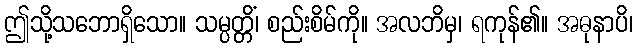
ဤသို့သဘောရှိသော။ သမ္ပတ္တိံ၊ စည်းစိမ်ကို။ အလဘိမှ၊ ရကုန်၏။ အဓုနာပိ၊